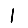
Digit: 1